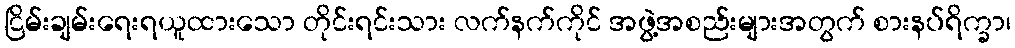
ငြိမ်းချမ်းရေးရယူထားသော တိုင်းရင်းသား လက်နက်ကိုင် အဖွဲ့အစည်းများအတွက် စားနပ်ရိက္ခာ၊